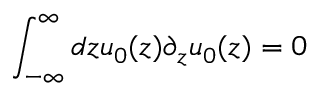
\int _ { - \infty } ^ { \infty } d z u _ { 0 } ( z ) \partial _ { z } u _ { 0 } ( z ) = 0